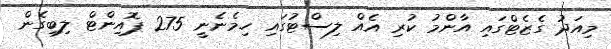
މިއަދު ގެޒެޓްގައި އާންމު ކުރި އެއް ލިސްޓުގައި ހިމެނެނީ 275 ޕޮއިންޓް ލިބިގެން